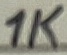
Text: 1K